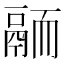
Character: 𩰴